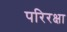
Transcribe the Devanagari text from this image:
परिरक्षा